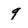
Character: 9